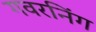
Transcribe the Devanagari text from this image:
गवरनिंग